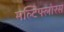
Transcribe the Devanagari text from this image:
मल्टिफ्लोरस